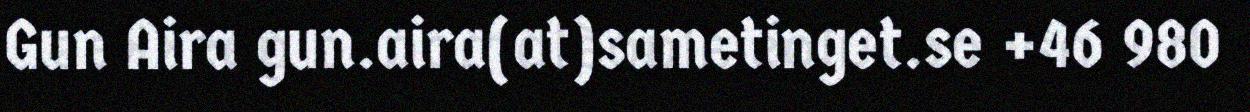
Gun Aira gun.aira(at)sametinget.se +46 980